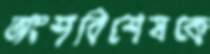
অংশবিশেষকে